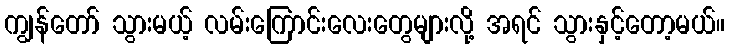
ကျွန်တော် သွားမယ့် လမ်းကြောင်းလေးတွေများလို့ အရင် သွားနှင့်တော့မယ်။